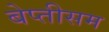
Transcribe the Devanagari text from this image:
बेप्तीसम